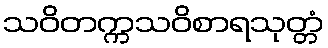
သဝိတက္ကသဝိစာရသုတ္တံ